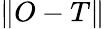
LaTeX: \lVert O-T\rVert